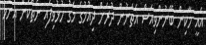
އެއީ މާކިން ބޭނުންވިއަސް އެތަނުން ދުރަށް ދިއުމުގެ މަގު ހުޅުވިފައި ނެތްކަން އެންމެ